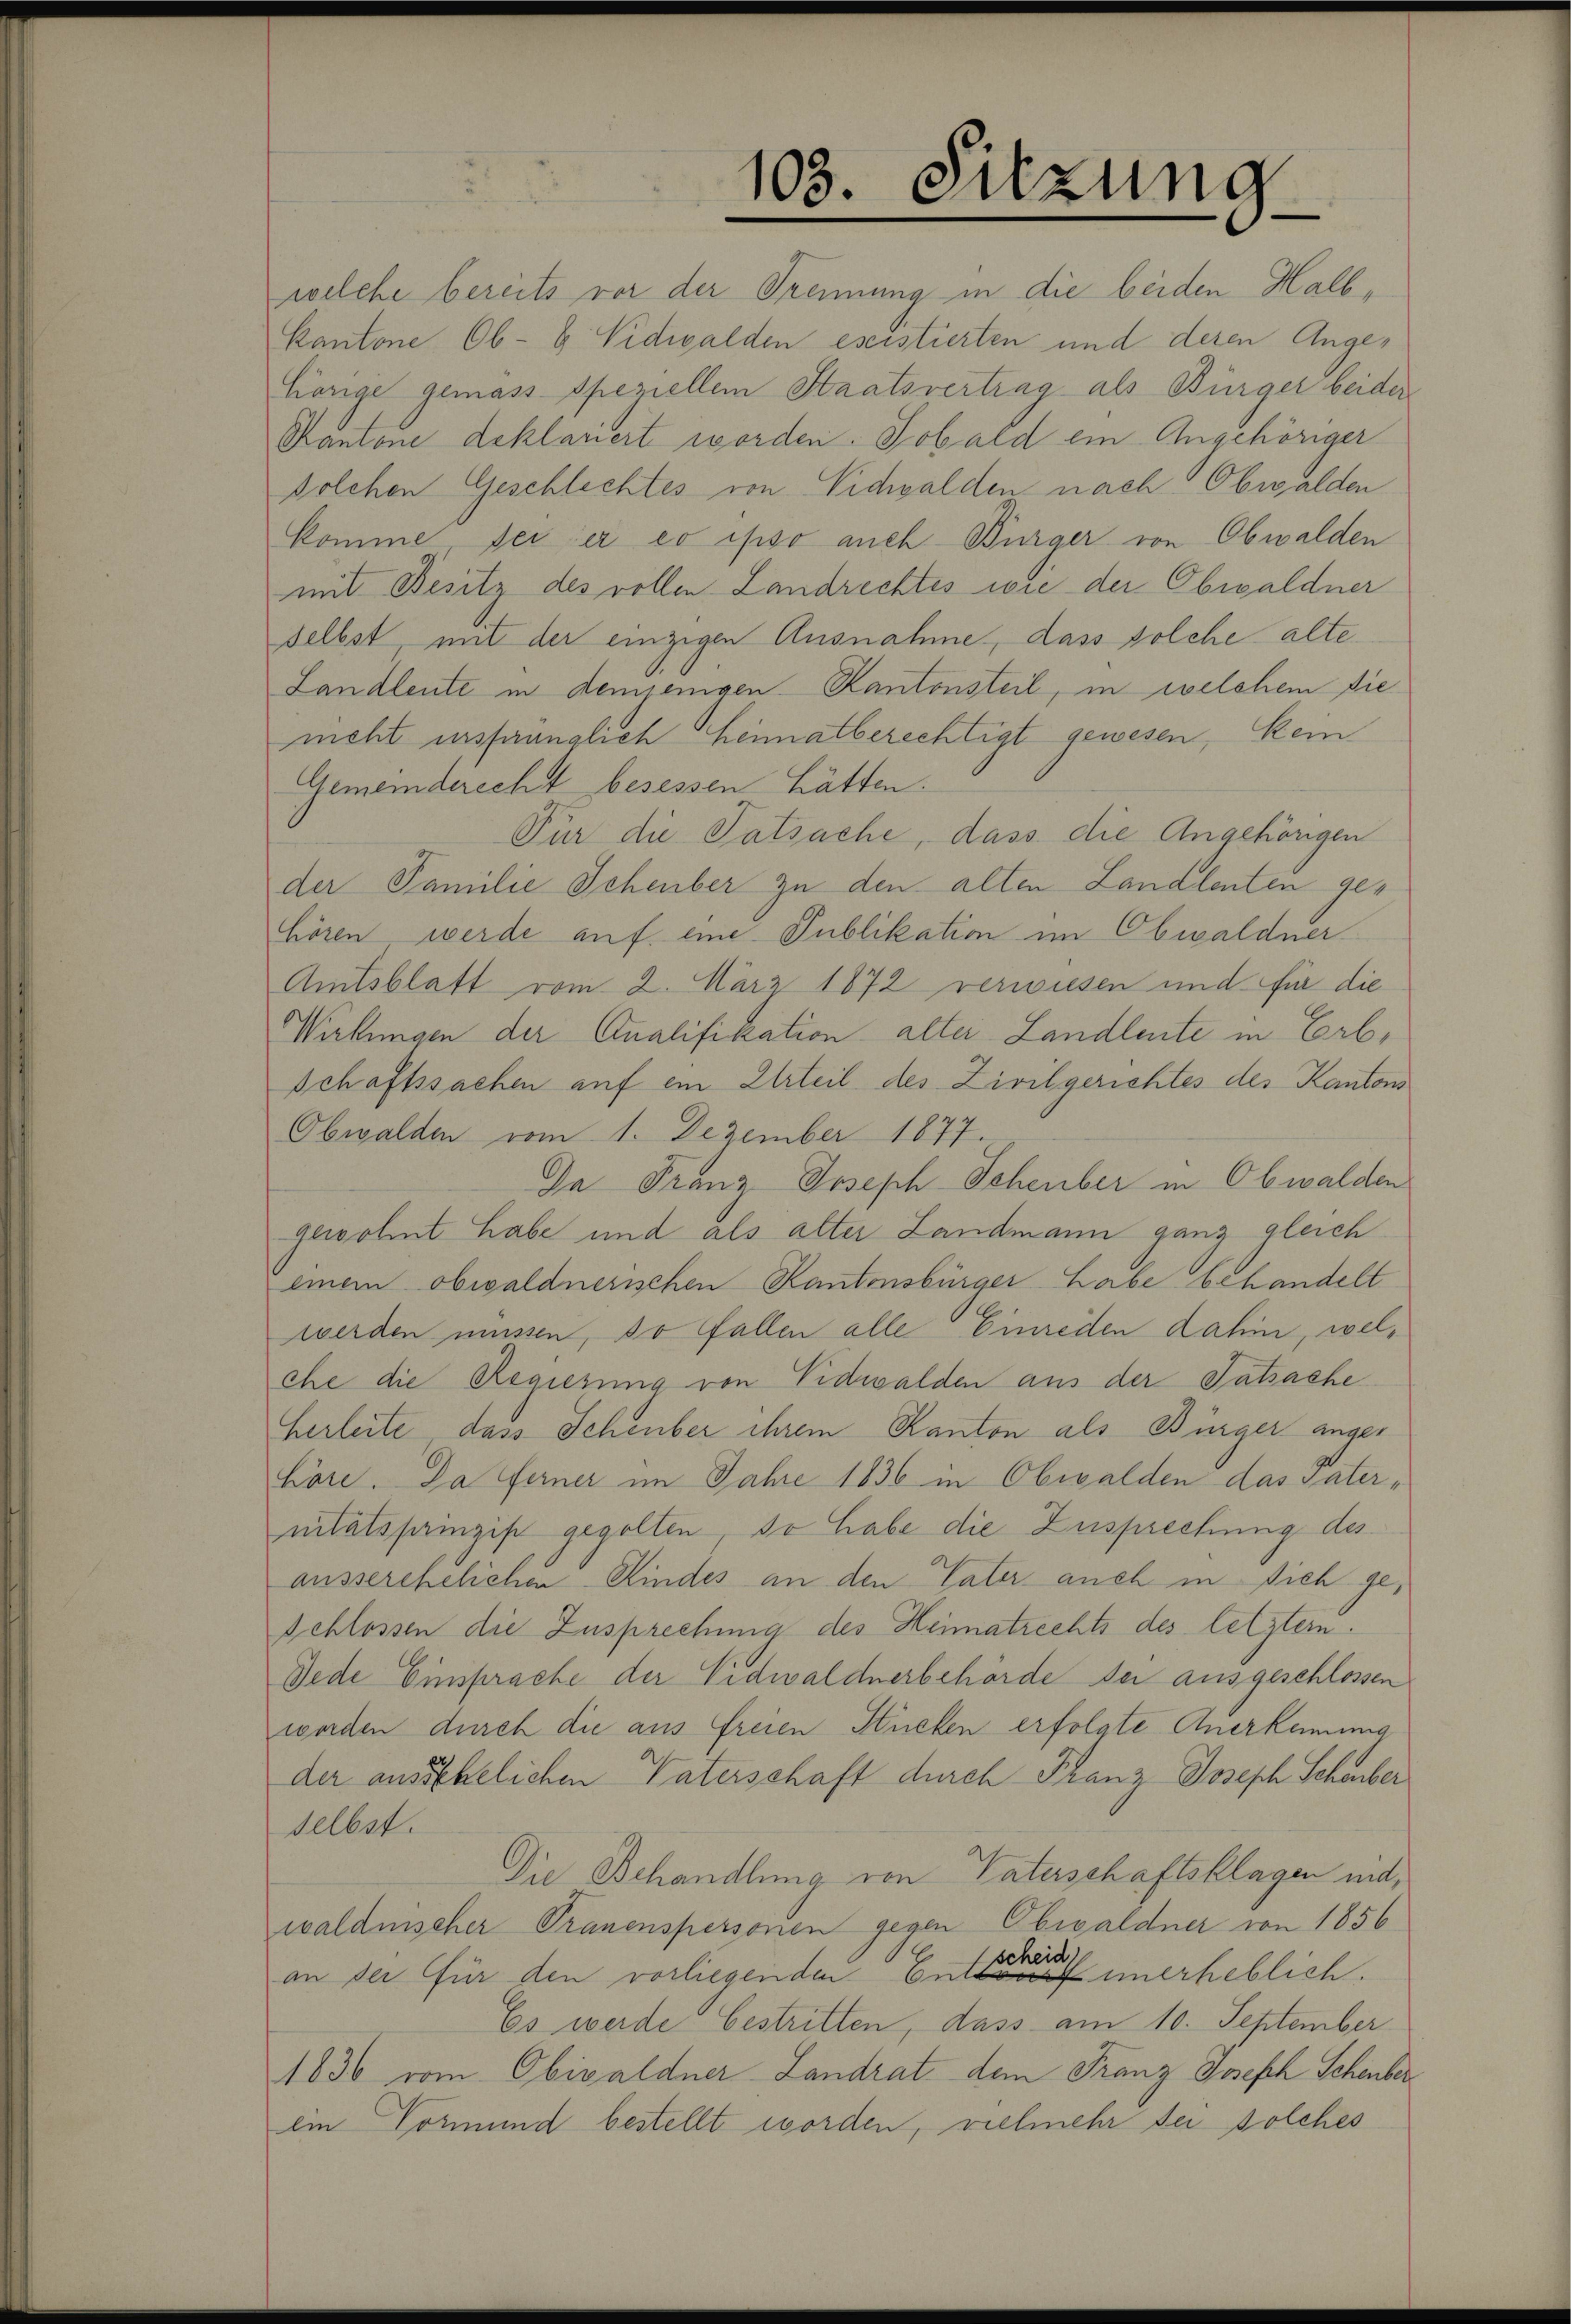
Gemeinderecht besessen hätten.
Obwalden vom 1. Dezember 1877.
selbst.

103. Sitzung

welche bereits vor der Trennung in die beiden Halb¬
Kantone Ob- & Nidwalden esistierten und deren Angehörige gemass speziellem Staatsvertrag als Bürger beider
Kantone deklariert worden. Sobald ein Angehöriger
Solchen Geschlechtes von Vichwalden nach Obwalden
komme sei er eo ipso auch Bürger von Obwalden
mit Besitz des vollen Landrechtes wie der Obwaldner
selbst, mit der einzigen Ausnahme, dass solche alte¬
Landleute in demjenigen Kantonsteil, in welchem die
nicht ursprünglich Heimatberechtigt gewesen, kein
Für die Tatsache, dass die Angehörigen
der Familie Schenber zu den alten Landlenten gehören werde auf eine Publikation im Obwaldner
Amtsblatt vom 2. März 1872 verwiesen und für die
Wirkungen der Qualifikation alter Landleute in Erbschaftssachen auf ein Urteil des Zivilgerichtes des Kantons
Da Franz Joseph Scheuber in Obwalden
gewohnt habe und als alter Landmann ganz gleich
einem obwaldnerischen Kantonsbürger Labe behandelt
werden müssen, so fallen alle Einreden dahin, welche die Regierung von Nidwalden aus der Tatsache
Herleite, dass Schenber ihrem Kanton als Bürger angehöre. Da ferner im Jahre 1836 in Obwalden das Paternitätspringis gegolten, so habe die Zusprechung des
ausserehelichen Kindes an den Vater auch in sich ge¬
Schlossen die Zusprechung des Heimatrechts des letztern.
Jede Einsprache der Eidwaldnerbehörde der ausgeschlossen
worden durch die aus freien Stielen erfolgte Anerkennung
der ansehelichen Vaterschaft durch Franz Joseph Schenber
Die Behandlung von Vaterschaftsklagen nid,
waldnischer Trauenspersonen gegen Obwaldner von 1856
an der für den vorliegenden Enter unerheblich.
Es werde bestritten, dass am 10. September
1836 vom Obiwaldner Landrat dem Franz Joseph Schenber
ein Vormund bestellt worden, vielmehr der solches